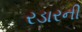
રડારની